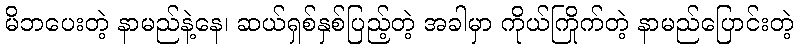
မိဘပေးတဲ့ နာမည်နဲ့နေ၊ ဆယ်ရှစ်နှစ်ပြည့်တဲ့ အခါမှာ ကိုယ်ကြိုက်တဲ့ နာမည်ပြောင်းတဲ့